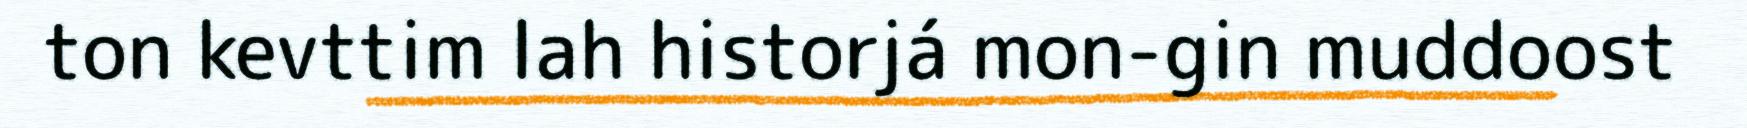
ton kevttim lah historjá mon-gin muddoost